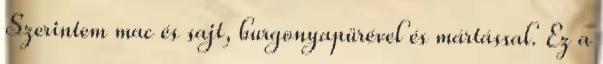
Szerintem mac és sajt, burgonyapürével és mártással. Ez a